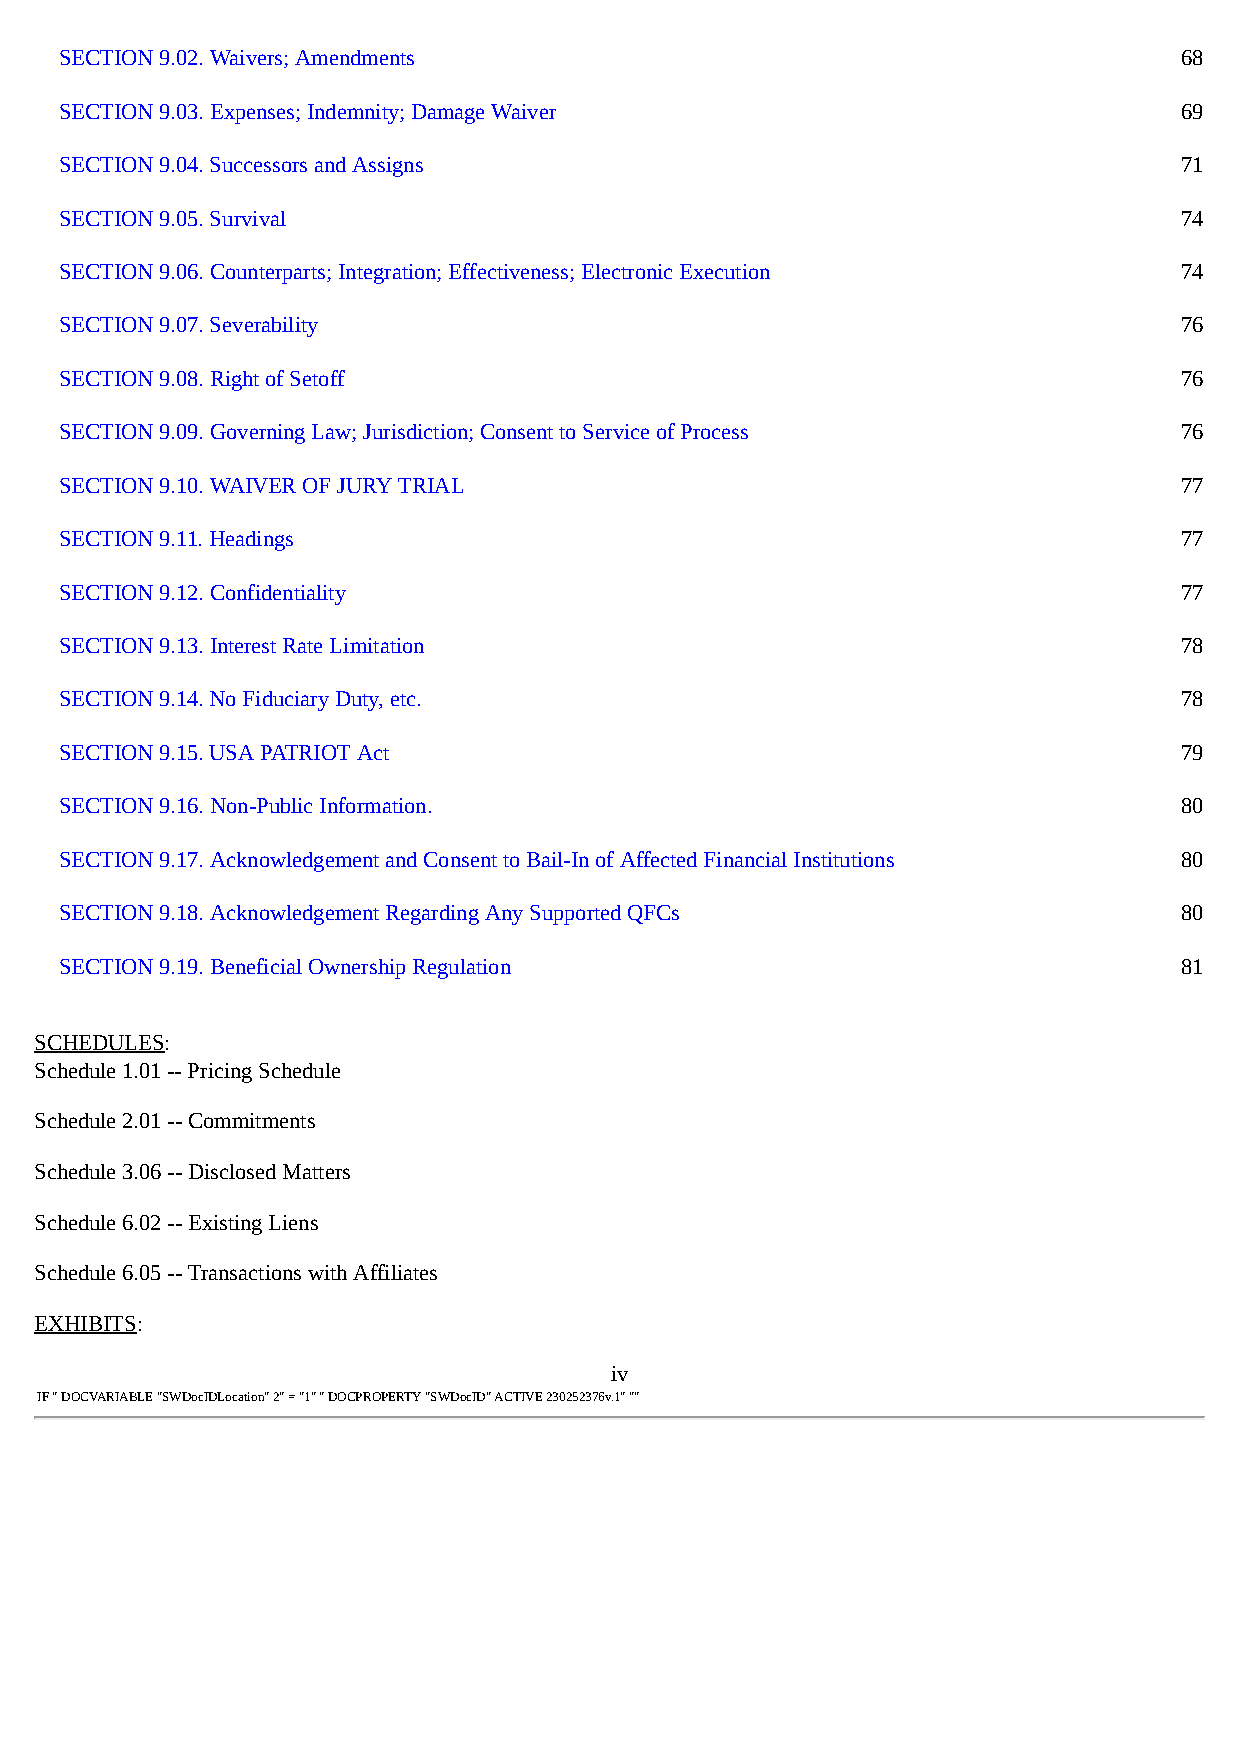
SECTION 9.02. Waivers; Amendments                                         68
 SECTION 9.03. Expenses; Indemnity; Damage Waiver                          69
 SECTION 9.04. Successors and Assigns                                      71
 SECTION 9.05. Survival                                                    74
 SECTION 9.06. Counterparts; Integration; Effectiveness; Electronic Execution 74
 SECTION 9.07. Severability                                                76
 SECTION 9.08. Right of Setoff                                             76
 SECTION 9.09. Governing Law; Jurisdiction; Consent to Service of Process  76
 SECTION 9.10. WAIVER OF JURY TRIAL                                        77
 SECTION 9.11. Headings                                                    77
 SECTION 9.12. Confidentiality                                             77
 SECTION 9.13. Interest Rate Limitation                                    78
 SECTION 9.14. No Fiduciary Duty, etc.                                     78
 SECTION 9.15. USA PATRIOT Act                                             79
 SECTION 9.16. Non-Public Information.                                     80
 SECTION 9.17. Acknowledgement and Consent to Bail-In of Affected Financial Institutions 80
 SECTION 9.18. Acknowledgement Regarding Any Supported QFCs                80
 SECTION 9.19. Beneficial Ownership Regulation                             81
 SCHEDULES:
 Schedule 1.01 -- Pricing Schedule
 Schedule 2.01 -- Commitments
 Schedule 3.06 -- Disclosed Matters
 Schedule 6.02 -- Existing Liens
 Schedule 6.05 -- Transactions with Affiliates
 EXHIBITS:
 iv
 IF " DOCVARIABLE "SWDocIDLocation" 2" = "1" " DOCPROPERTY "SWDocID" ACTIVE 230252376v.1" ""